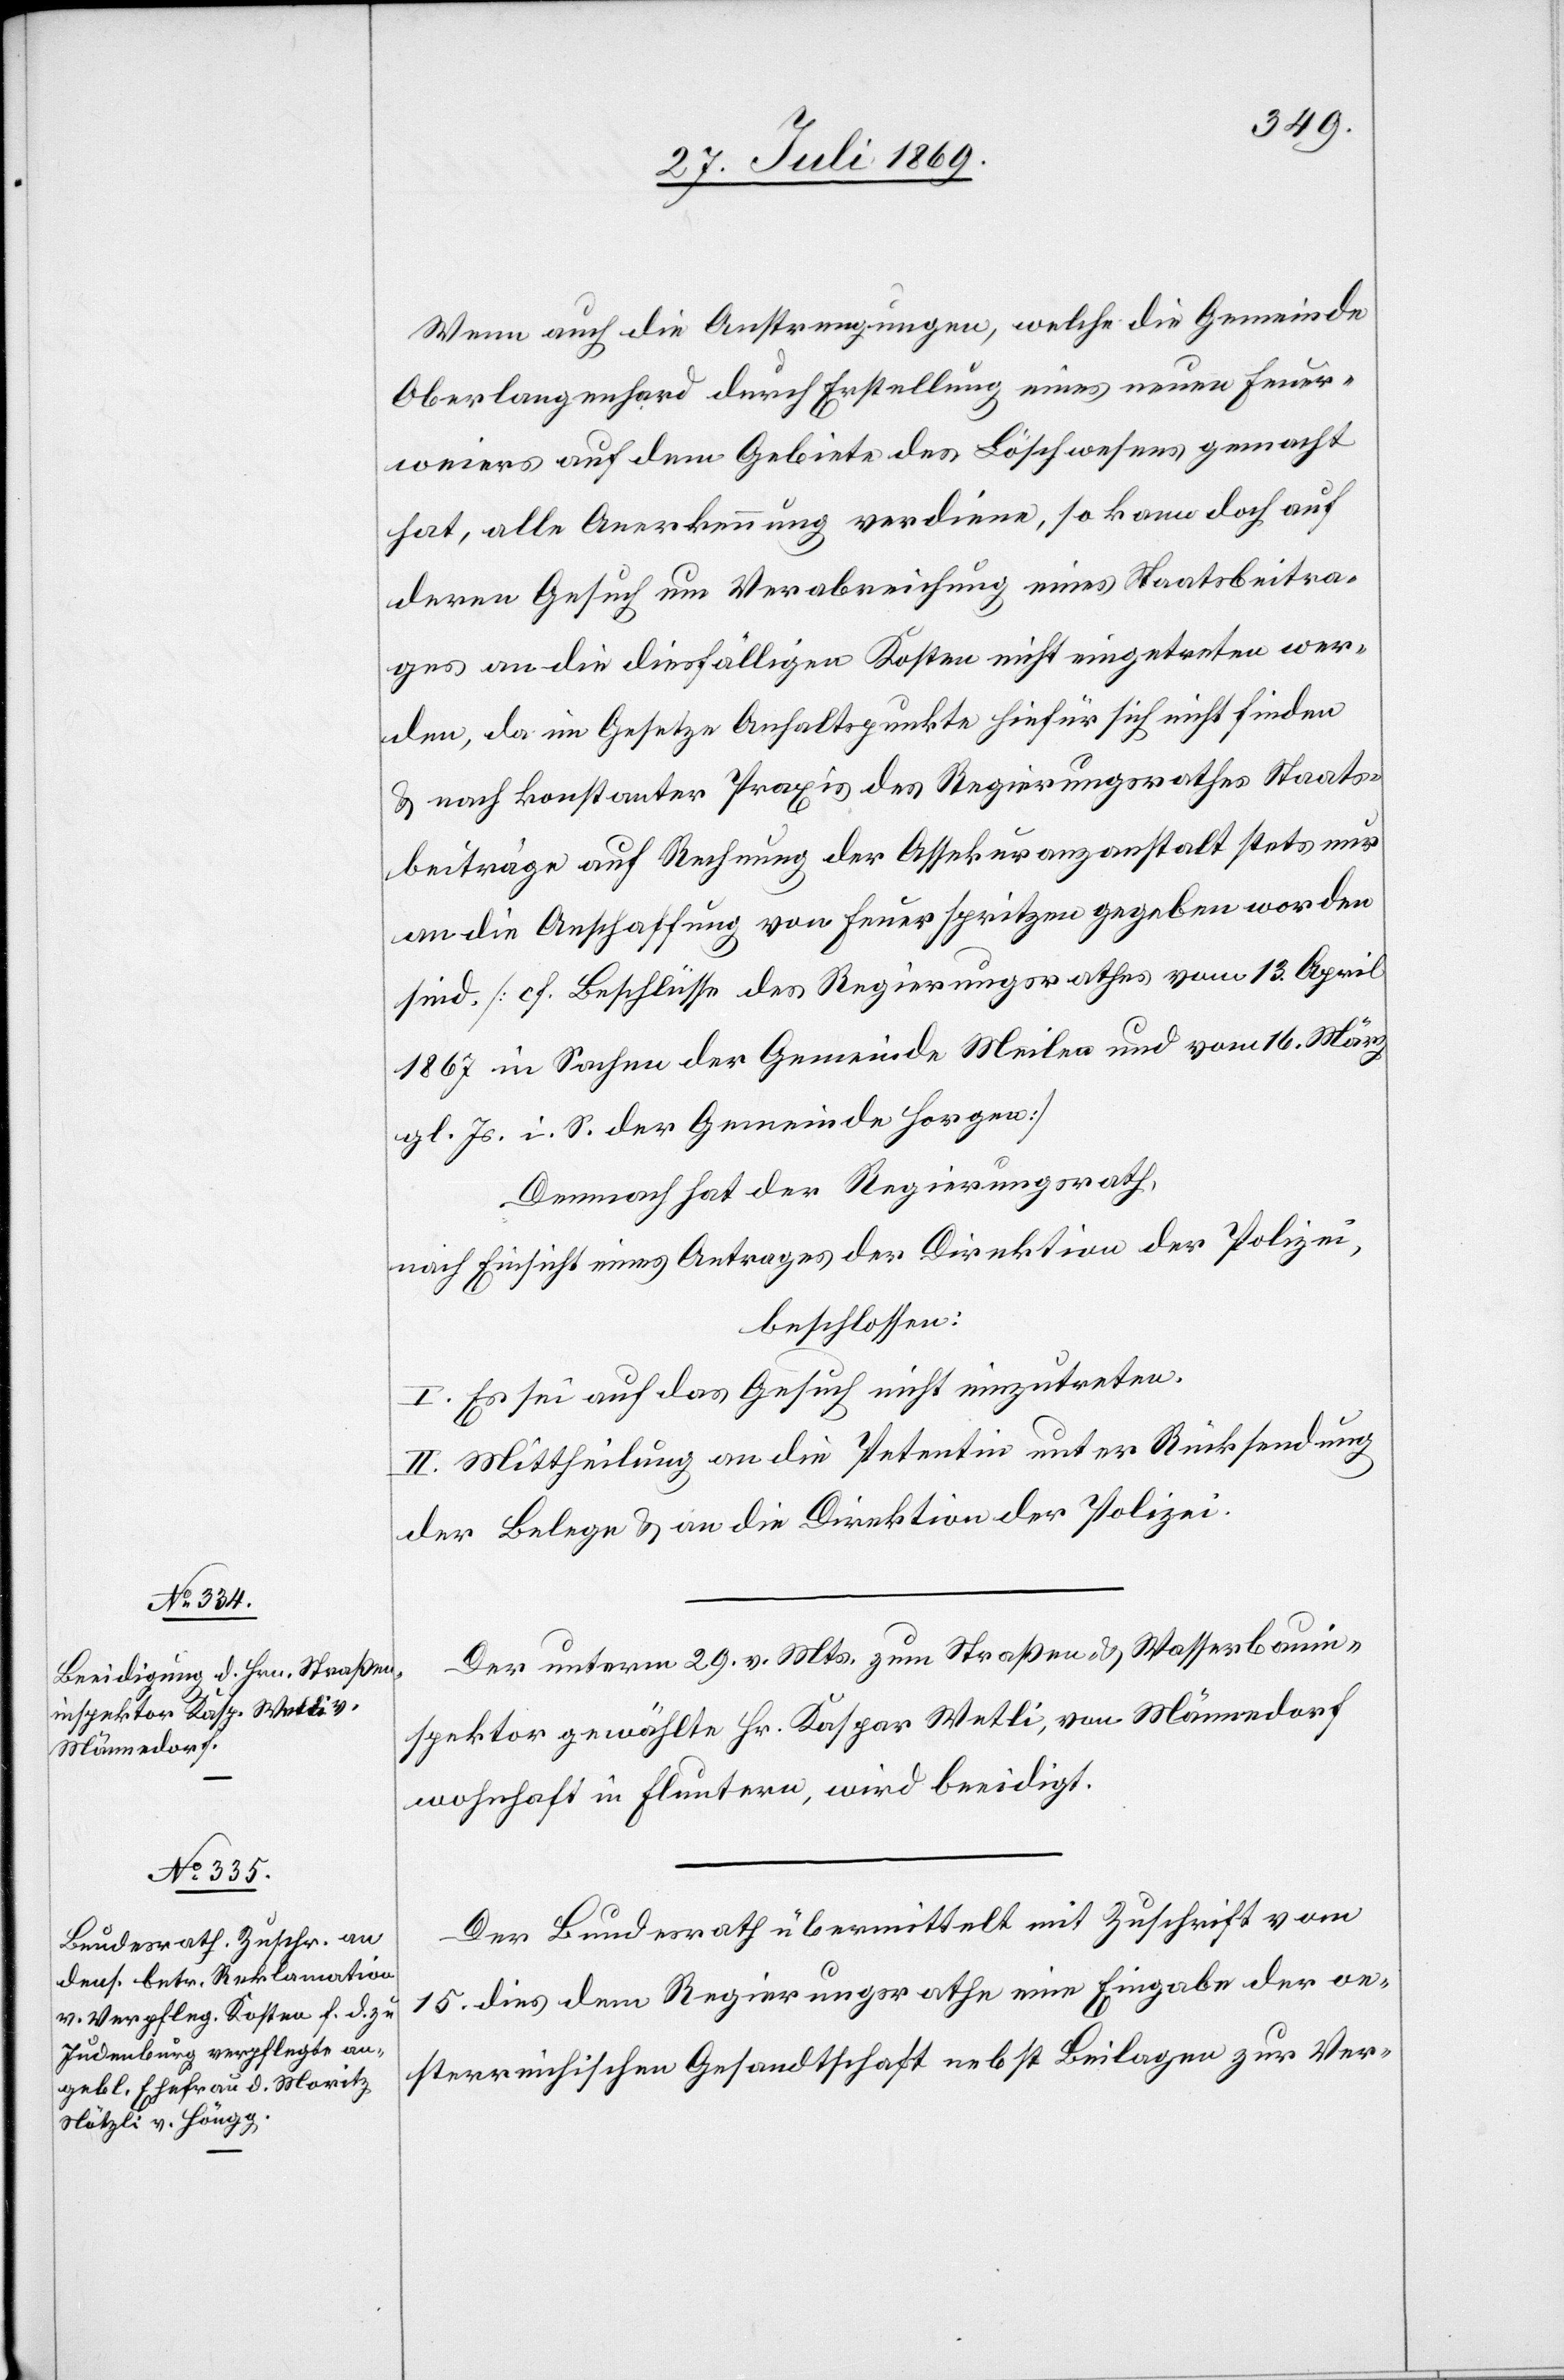
Wenn auch die Anstrengungen, welche die Gemeinde
Oberlangenhard durch Erstellung eines neuen Feuer¬
weiers auf dem Gebiete des Löschwesens gemacht
hat, alle Anerkennung verdiene, so kann doch auf
deren Gesuch um Verabreichung eines Staatsbeitra¬
ges an die diesfälligen Kosten nicht eingetreten wer¬
den, da im Gesetze Anhaltspunkte hiefür sich nicht finden
u. nach konstanter Praxis des Regierungsrathes Staats¬
beiträge auf Rechnung der Assekuranzanstalt stets nur
an die Anschaffung von Feuerspritzen gegeben worden
sind. [cf. Beschlüsse des Regierungsrathes vom 13 April
1867 in Sachen der Gemeinde Meilen und vom 16 März
gl. Js. i. S. der Gemeinde Horgen]
Demnach hat der Regierungsrath,
nach Einsicht eines Antrages der Direktion der Polizei,
beschlossen:
I. Es sei auf das Gesuch nicht einzutreten.
II. Mittheilung an die Petentin unter Rücksendung
der Belege u. an die Direktion der Polizei.
Der unterm 29 v. Mts. zum Straßen- u. Wasserbauin¬
spektor gewählte Hr. Kaspar Wetli, von Männedorf
wohnhaft in Fluntern, wird beeidigt.
Der Bundesrath übermittelt mit Zuschrift vom
15 dies dem Regierungsrathe eine Eingabe der oe¬
sterreichischen Gesandtschaft nebst Beilagen zur Ver-